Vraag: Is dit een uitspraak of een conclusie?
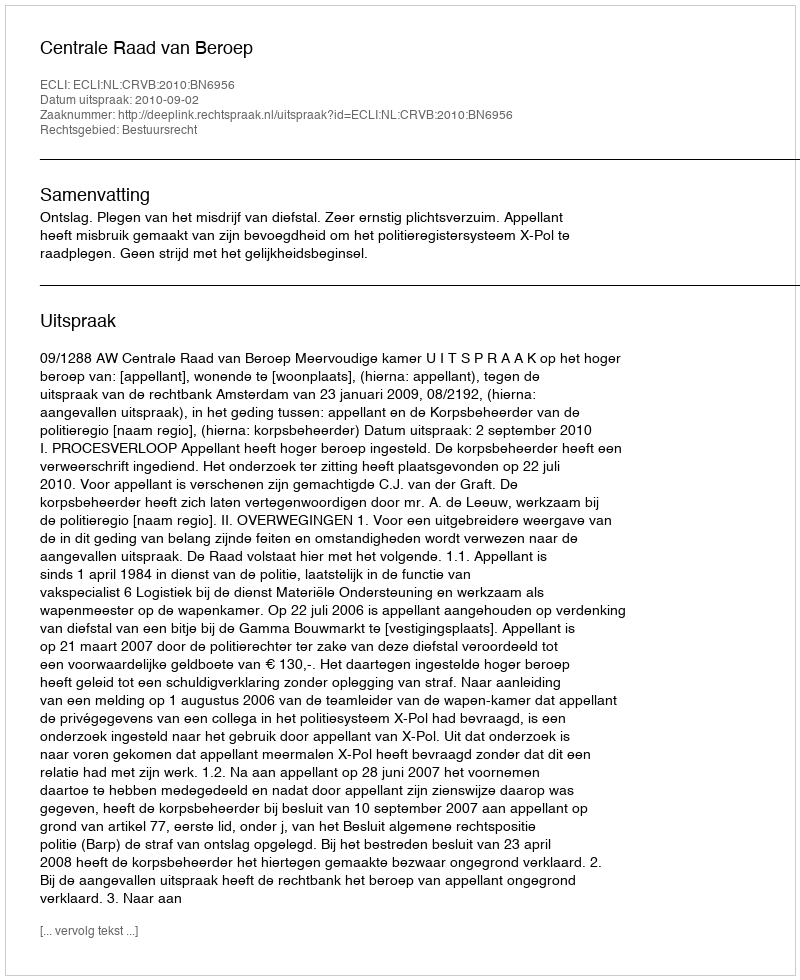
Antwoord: Uitspraak